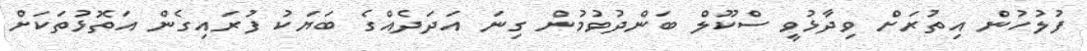
ފުލުހުން އިތުރަށް ވިދާޅުވީ ސްކޫލް ބަންދުވުމުން ގިނަ އަދަދެއްގެ ބަޔަކު ފުރައިގެން އަތޮޅުތަކަށް